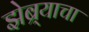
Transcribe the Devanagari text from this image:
झेब्र्याचा